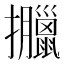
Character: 𢺎